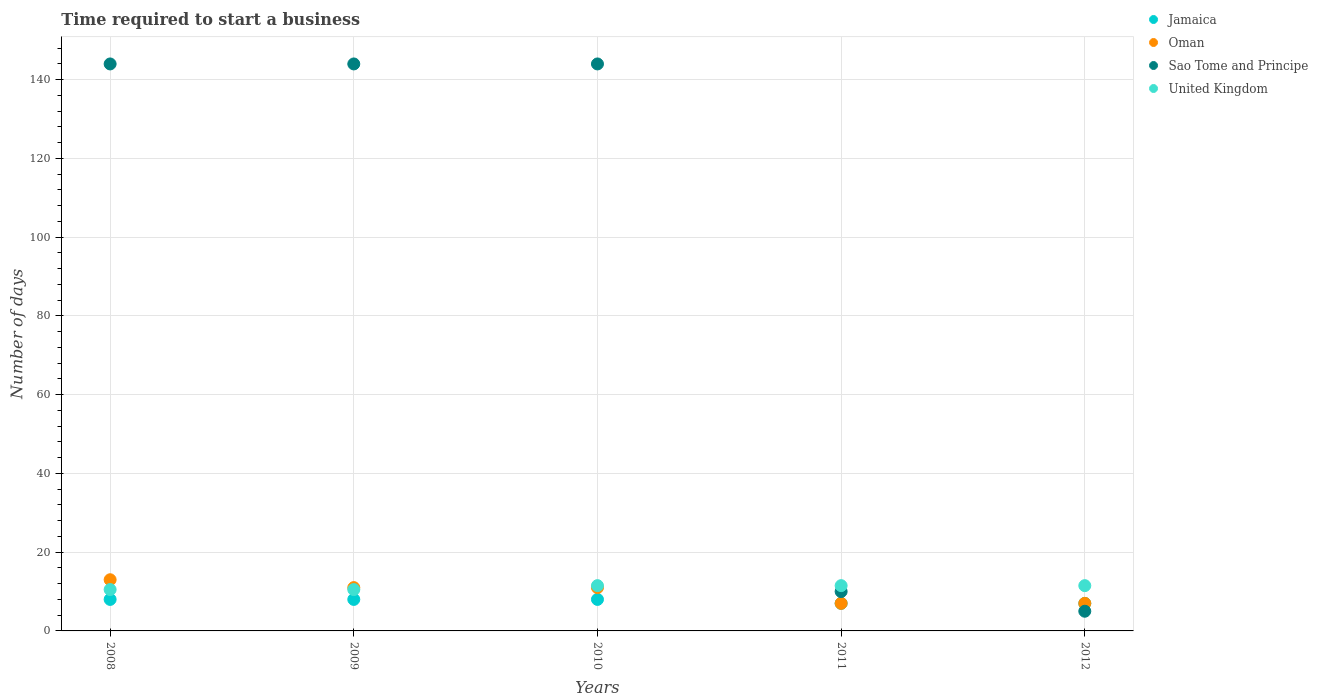
| Years | Jamaica | Oman | Sao Tome and Principe | United Kingdom |
 | --- | --- | --- | --- | --- |
 | 2008 | 8 | 13 | 144 | 10.5 |
 | 2009 | 8 | 11 | 144 | 10.5 |
 | 2010 | 8 | 11 | 144 | 11.5 |
 | 2011 | 7 | 7 | 10 | 11.5 |
 | 2012 | 7 | 7 | 5 | 11.5 |